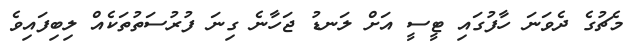
މެޗުގެ ދެވަނަ ހާފުގައި ޓީސީ އަށް ލަނޑު ޖަހާނެ ގިނަ ފުރުސަތުތަކެއް ލިބިފައިވެ